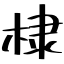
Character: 棣